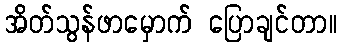
အိတ်သွန်ဖာမှောက် ပြောချင်တာ။